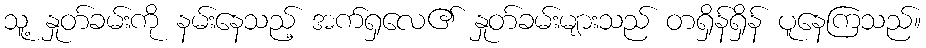
သူ့ နှုတ်ခမ်းကို နမ်းနေသည့် အက်ရှလေ၏ နှုတ်ခမ်းများသည် တရှိန်ရှိန် ပူနေကြသည်။